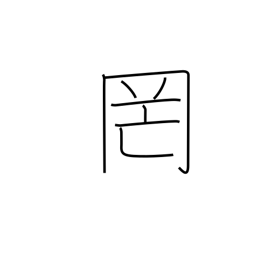
Meaning: net